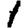
Digit: 1